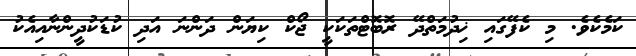
ކަމެކެވެ. މި ކެފޭގައި ޚިދުމަތްދޭ ރޮބޮޓްތަކަކީ ޖޯކް ކިޔަން ދަންނަ އަދި ކުޑަކުދީންނާއިއެކު